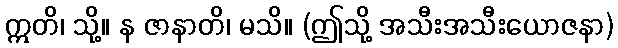
ဣတိ၊ သို့။ န ဇာနာတိ၊ မသိ။ (ဤသို့ အသီးအသီးယောဇနာ)